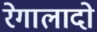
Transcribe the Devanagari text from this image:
रेगालादो